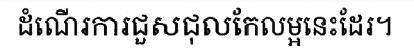
ដំណើរការជួសជុលកែលម្អនេះដែរ។